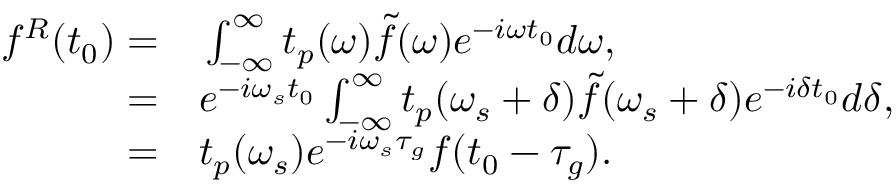
\begin{array} { r l } { f ^ { R } ( t _ { 0 } ) = } & { { } \int _ { - \infty } ^ { \infty } t _ { p } ( \omega ) \tilde { f } ( \omega ) e ^ { - i \omega t _ { 0 } } d \omega , } \\ { = } & { { } e ^ { - i \omega _ { s } t _ { 0 } } \int _ { - \infty } ^ { \infty } t _ { p } ( \omega _ { s } + \delta ) \tilde { f } ( \omega _ { s } + \delta ) e ^ { - i \delta t _ { 0 } } d \delta , } \\ { = } & { { } t _ { p } ( \omega _ { s } ) e ^ { - i \omega _ { s } \tau _ { g } } f ( t _ { 0 } - \tau _ { g } ) . } \end{array}